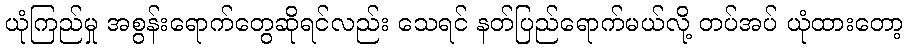
ယုံကြည်မှု အစွန်းရောက်တွေဆိုရင်လည်း သေရင် နတ်ပြည်ရောက်မယ်လို့ တပ်အပ် ယုံထားတော့